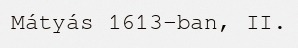
Mátyás 1613-ban, II.